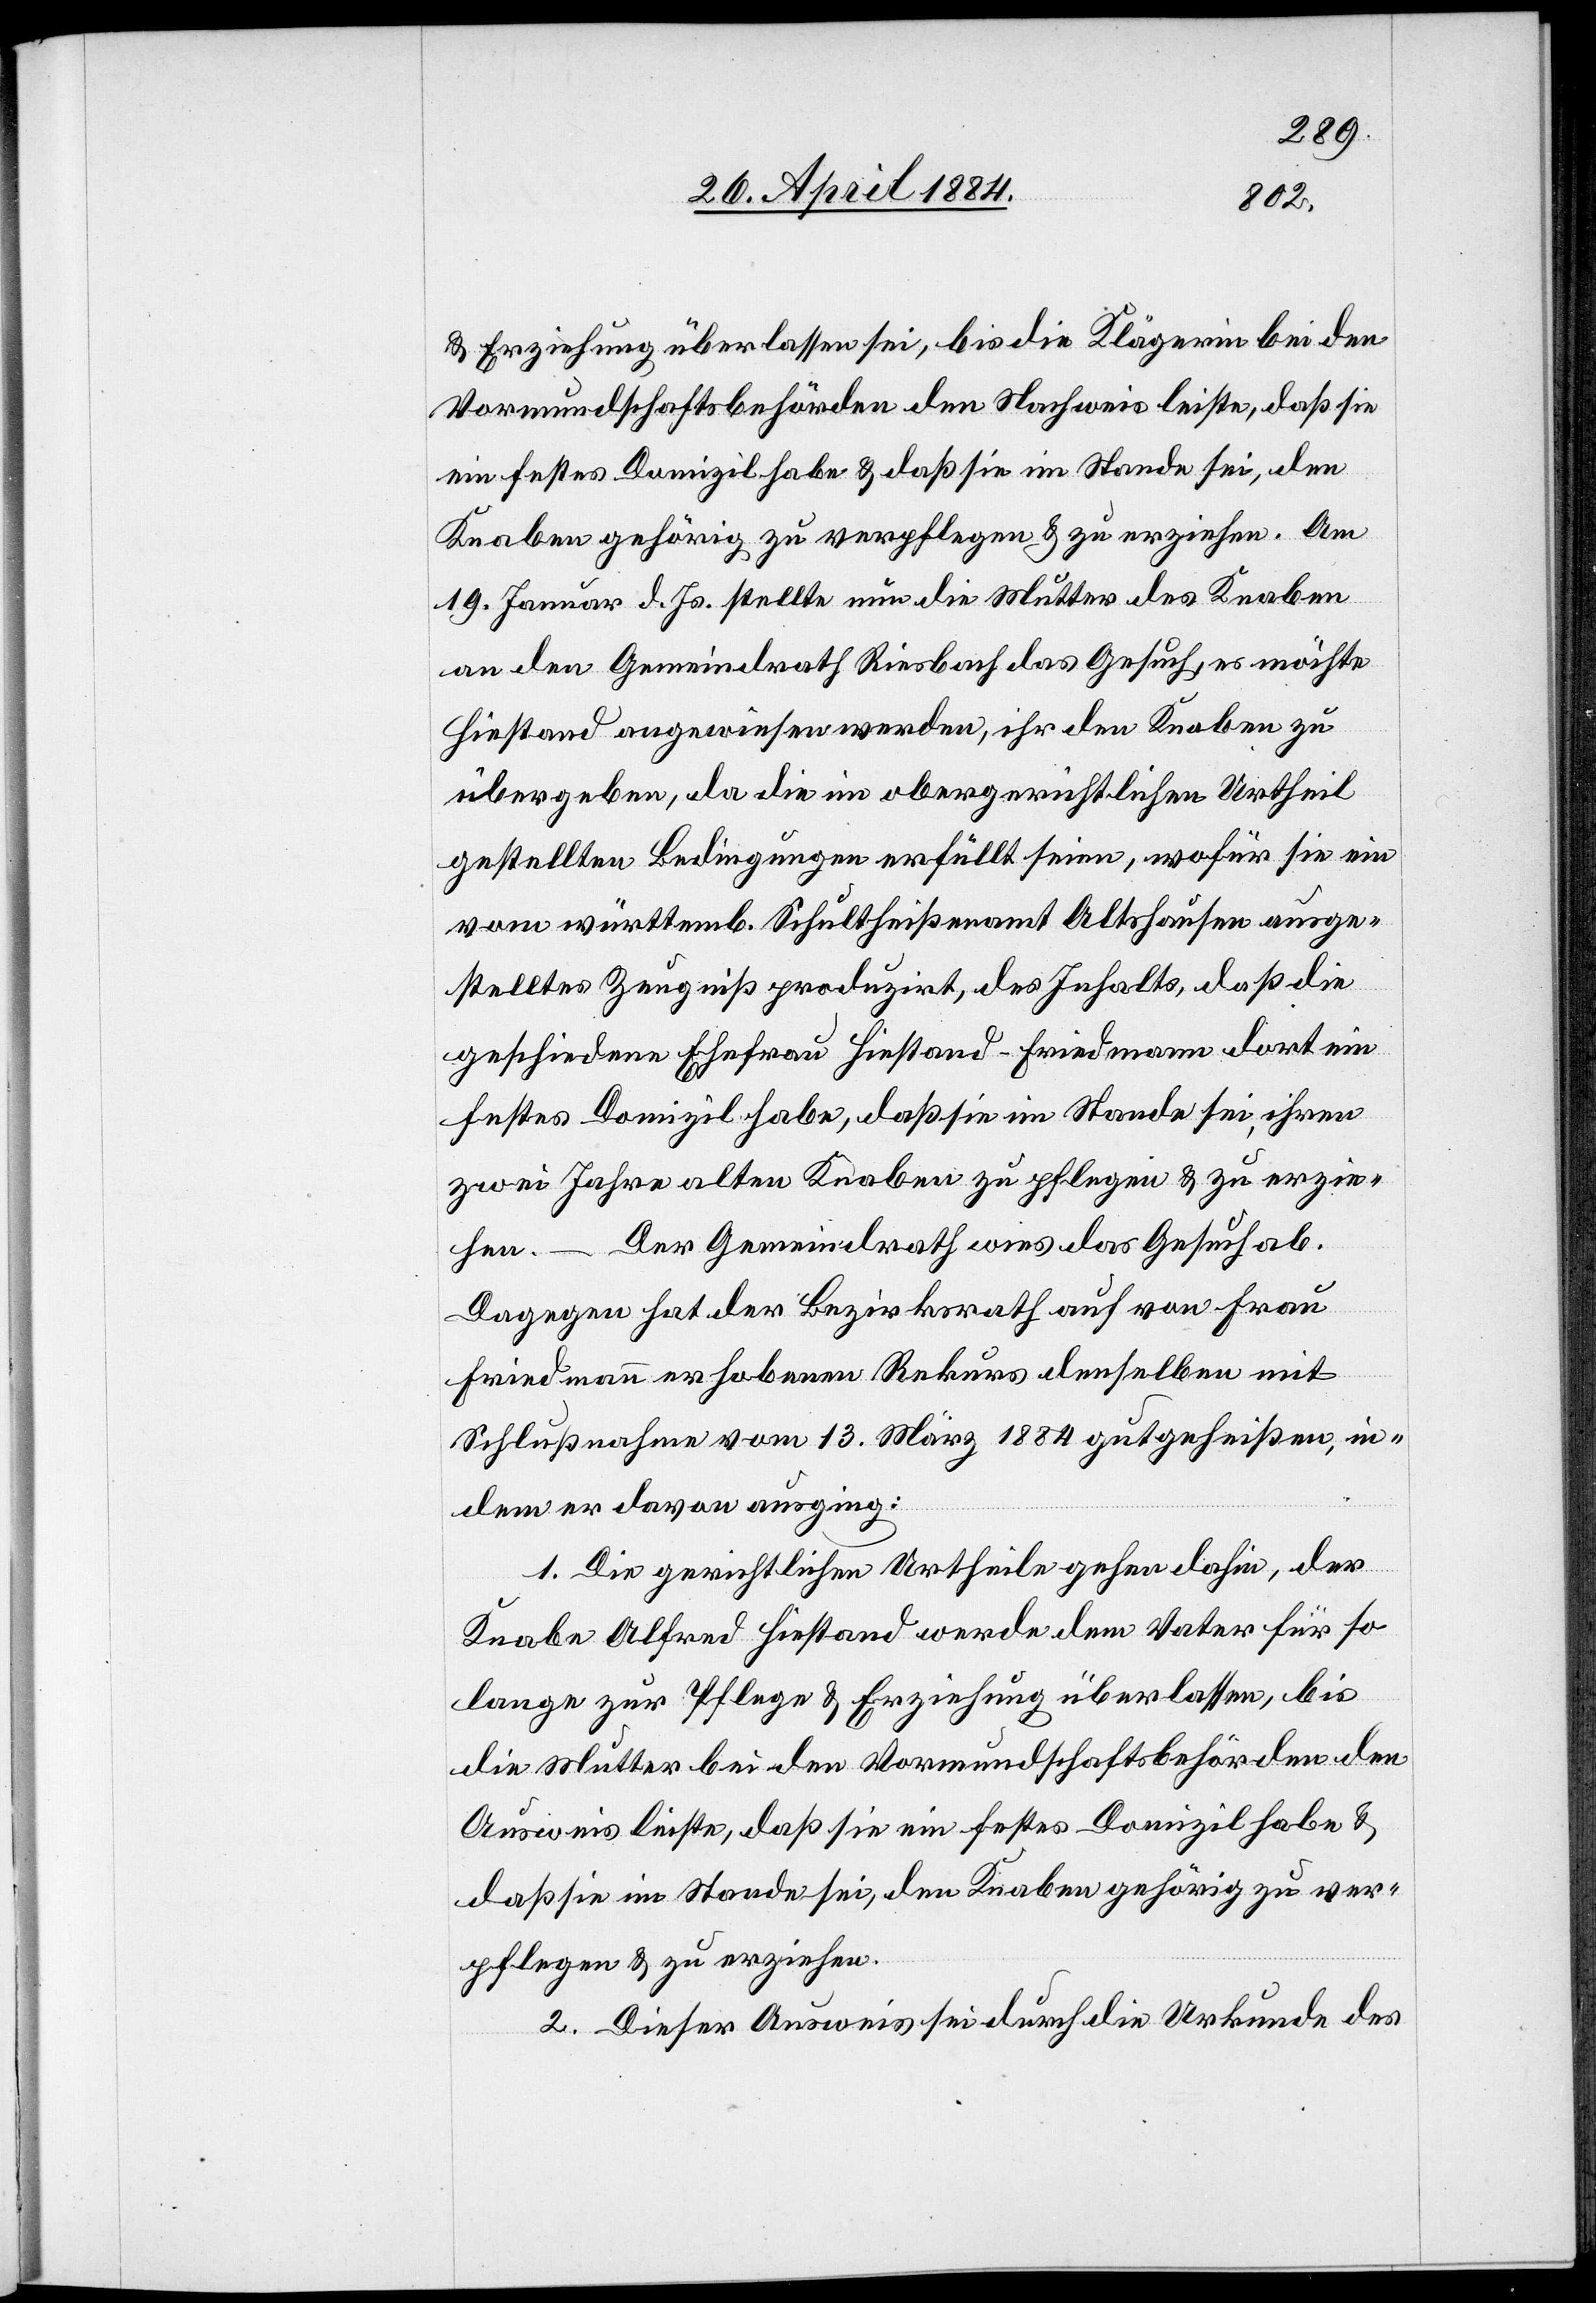
& Erziehung überlassen sei, bis die Klägerin bei den
Vormundschaftsbehörden den Nachweis leiste, daß sie
ein festes Domizil habe & daß sie im Stande sei, den
Knaben gehörig zu verpflegen & zu erziehen. Am
19. Januar d. Js. stellte nun die Mutter des Knaben
an den Gemeindrath Riesbach das Gesuch, es möchte
Hiestand angewiesen werden, ihr den Knaben zu
übergeben, da die im obergerichtlichen Urtheil
gestellten Bedingungen erfüllt seien, wofür sie ein
vom württemb. Schultheißenamt Altshausen ausge¬
stelltes Zeugniß produzirt, des Inhalts, daß die
geschiedene Ehefrau Hiestand-Friedmann dort ein
festes Domizil habe, daß sie im Stande sei ihren
zwei Jahre alten Knaben zu pflegen & zu erzie¬
hen. – Der Gemeindrath wies das Gesuch ab.
Dagegen hat der Bezirksrath auf von Frau
Friedmann erhobenen Rekurs denselben mit
Schlußnahme vom 13. März 1884 gutgeheißen, in¬
dem er davon ausging:
1. Die gerichtlichen Urtheile gehen dahin, der
Knabe Alfred Hiestand werde dem Vater für so¬
lange zur Pflege & Erziehung überlassen, bis
die Mutter bei den Vormundschaftsbehörden den
Ausweis leiste, daß sie ein festes Domizil habe &
daß sie im Stande sei, den Knaben gehörig zu ver¬
pflegen & zu erziehen.
2. Dieser Ausweis sei durch die Urkunde des